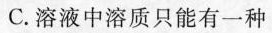
C.溶液中溶质只能有一种